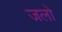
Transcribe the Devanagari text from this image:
जलो